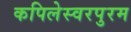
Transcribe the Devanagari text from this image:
कपिलेस्वरपुरम